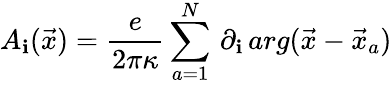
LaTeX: A_{\mathbf{i}}(\vec{{x}})=\frac{{e}}{{2\pi\kappa}}\sum_{a=1}^{N}\, \partial_{\mathbf{i}}\, arg(\vec{{x}}-\vec{{x}}_{a})